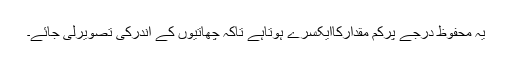
یہ محفوظ درجے پرکم مقدارکاایکسرے ہوتاہے تاکہ چھاتیوں کے اندرکی تصویرلی جائے۔